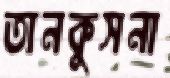
তানকুসনা